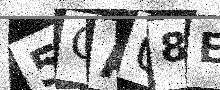
Text: 5GA08E